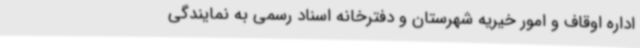
اداره اوقاف و امور خیریه شهرستان و دفترخانه اسناد رسمی به نمایندگی